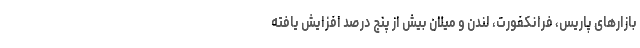
بازارهای پاریس، فرانکفورت، لندن و میلان بیش از پنج درصد افزایش یافته